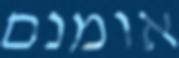
אומנם